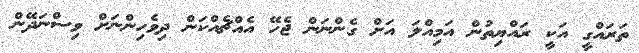
ތަރައްގީ އަކީ ރައްޔިތުން އަމިއްލަ އަށް ގެންނަން ޖެހޭ އެއްޗެއްކަން ދިވެހިންނަށް ވިސްނަދޭން